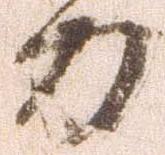
力